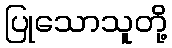
ပြုသောသူတို့